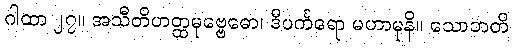
ဂါထာ ၂၇။ အသီတိဟတ္ထမုဗ္ဗေဓော၊ ဒီပင်္ကရော မဟာမုနိ။ သောဘတိ